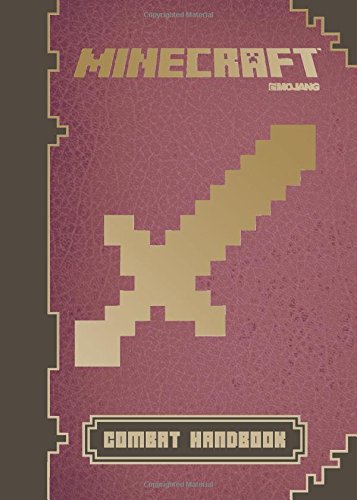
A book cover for Minecraft: Combat Handbook: An Official Mojang Book; Scholastic; Children's Books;